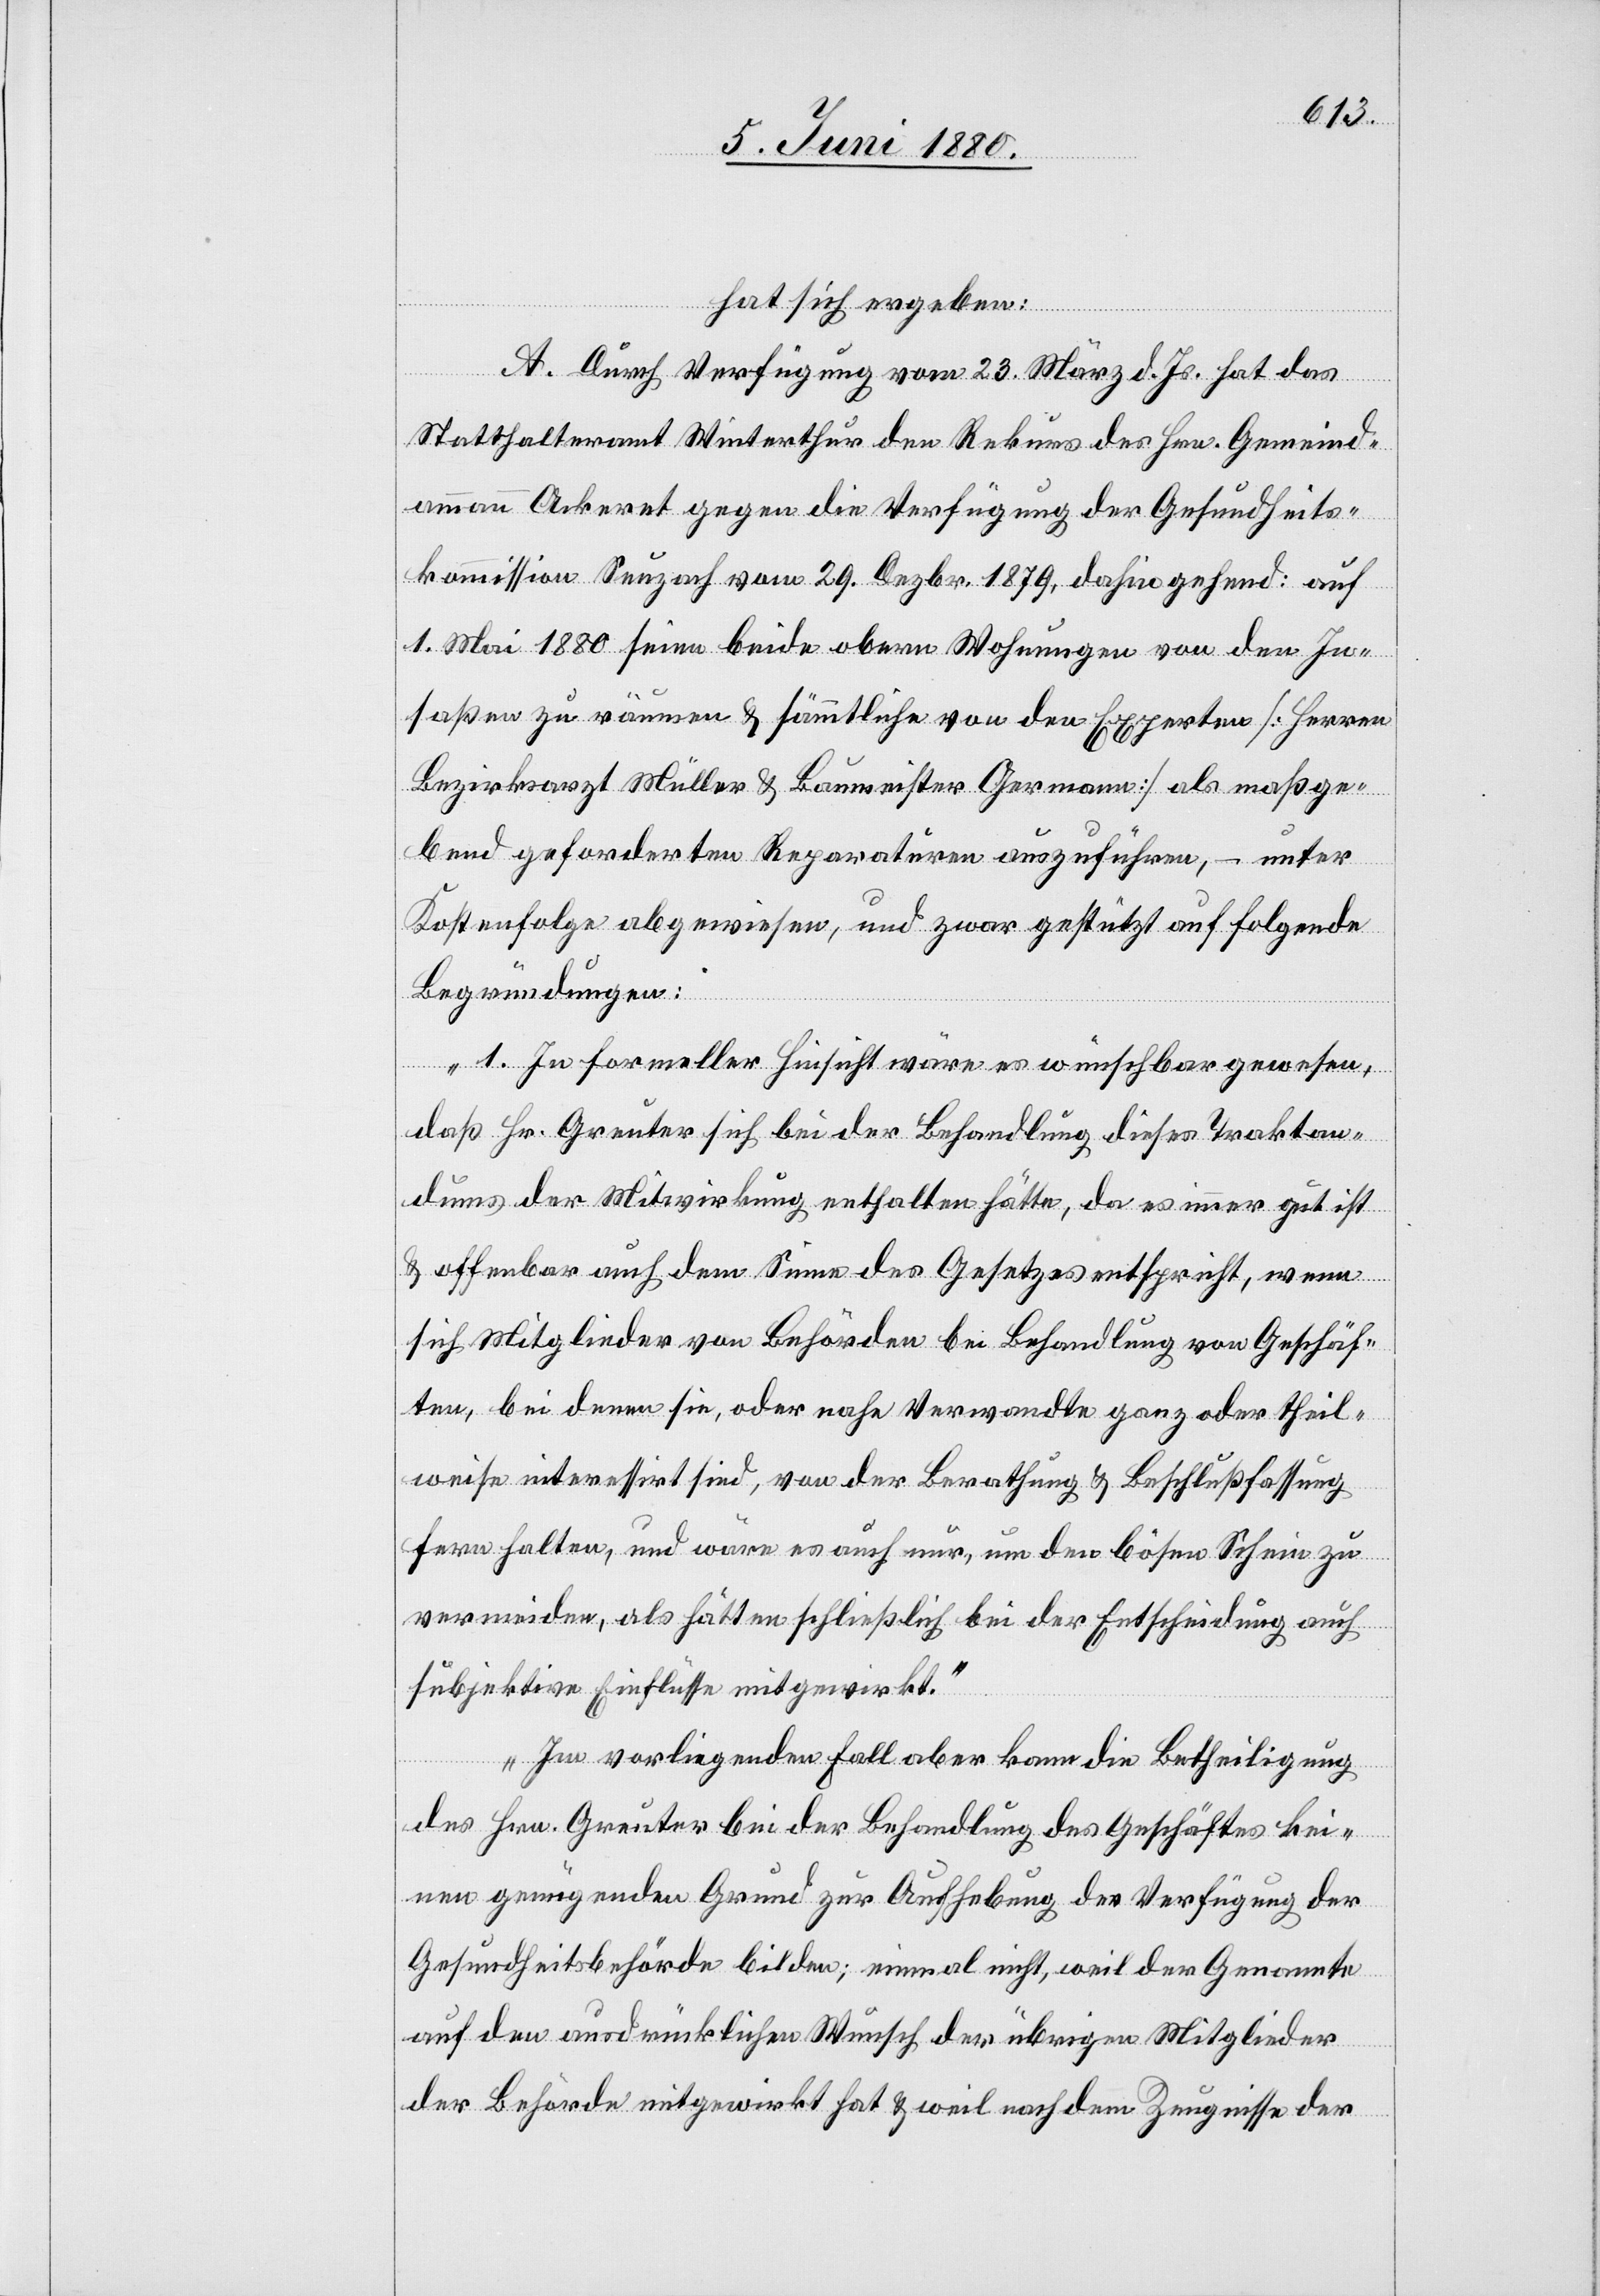
hat sich ergeben:
A. Durch Verfügung vom 23. März d. Js. hat das
Statthalteramt Winterthur den Rekurs des Hrn. Gemeind¬
ammann Ackeret gegen die Verfügung der Gesundheits¬
kommission Seuzach vom 29. Dezbr. 1879, dahin gehend: auf
1. Mai 1880 seien beide obern Wohnungen von den In¬
saßen zu räumen & sämmtliche von den Experten [Herren
Bezirksarzt Müller & Baumeister Germann] als maßge¬
bend geforderten Reparaturen auszuführen, – unter
Kostenfolge abgewiesen, und zwar gestützt auf folgende
Begründungen:
„1. In formeller Hinsicht wäre es wünschbar gewesen,
daß Hr. Greuter sich bei der Behandlung dieses Traktan¬
dums der Mitwirkung enthalten hätte, da es immer gut ist
& offenbar auch dem Sinne des Gesetzes entspricht, wenn
sich Mitglieder von Behörden bei Behandlung von Geschäf¬
ten, bei denen sie, oder nahe Verwandte ganz oder theil¬
weise interessirt sind, von der Berathung & Beschlußfassung
fern halten, und wäre es auch nur, um den bösen Schein zu
vermeiden, als hätten schließlich bei der Entscheidung auch
subjektive Einflüsse mitgewirkt.
Im vorliegenden Fall aber kann die Betheiligung
des Hrn. Greuter bei der Behandlung des Geschäftes kei¬
nen genügenden Grund zur Aufhebung der Verfügung der
Gesundheitsbehörde bilden; einmal nicht, weil der Genannte
auf den ausdrücklichen Wunsch der übrigen Mitglieder
der Behörde mitgewirkt hat & weil nach dem Zeugnisse der